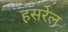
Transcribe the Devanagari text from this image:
हसरेल